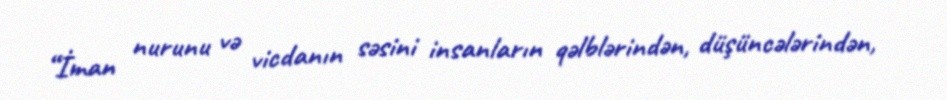
“İman nurunu və vicdanın səsini insanların qəlblərindən, düşüncələrindən,